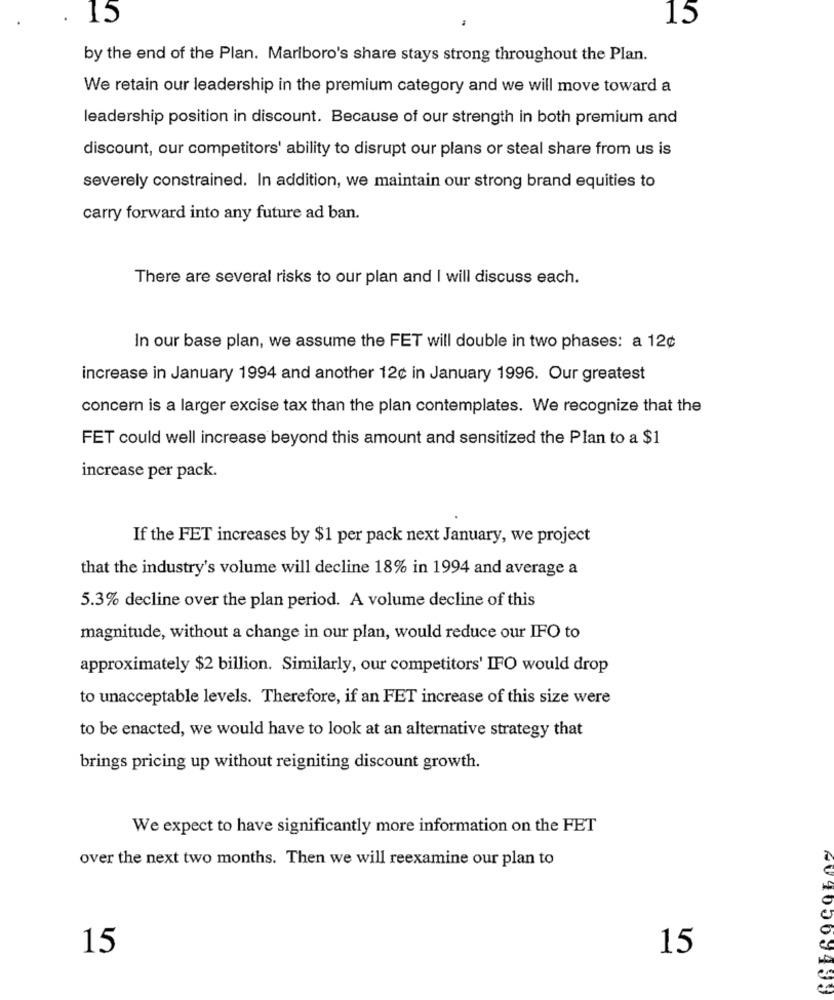
15
15
by the end of the Plan. Marlboro's share stays strong throughout the Plan.
We retain our leadership in the premium category and we will move toward a
leadership position in discount. Because of our strength in both premium and
discount, our competitors' ability to disrupt our plans or steal share from us is
severely constrained. In addition, we maintain our strong brand equities to
carry forward into any future ad ban.
There are several risks to our plan and I will discuss each.
In our base plan, we assume the FET will double in two phases: a 12¢
increase in January 1994 and another 12¢ in January 1996. Our greatest
concern is a larger excise tax than the plan contemplates. We recognize that the
FET could well increase beyond this amount and sensitized the Plan to a $1
increase per pack.
If the FET increases by $1 per pack next January, we project
that the industry's volume will decline 18% in 1994 and average a
5.3% decline over the plan period. A volume decline of this
magnitude, without a change in our plan, would reduce our IFO to
approximately $2 billion. Similarly, our competitors' IFO would drop
to unacceptable levels. Therefore, if an FET increase of this size were
to be enacted, we would have to look at an alternative strategy that
brings pricing up without reigniting discount growth.
We expect to have significantly more information on the FET
over the next two months. Then we will reexamine our plan to
15
15
4040009439